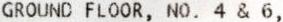
GROUND FLOOR, NO. 4 & 6,